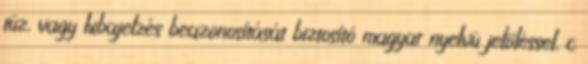
tûz, vagy hibajelzés beazonosítását biztosító magyar nyelvû jelöléssel, c